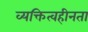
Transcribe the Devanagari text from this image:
व्यक्तित्वहीनता